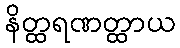
နိတ္ထရဏတ္ထာယ